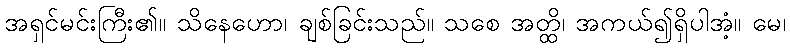
အရှင်မင်းကြီး၏။ သိနေဟော၊ ချစ်ခြင်းသည်။ သစေ အတ္ထိ၊ အကယ်၍ရှိပါအံ့။ မေ၊